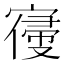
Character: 𡪢